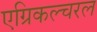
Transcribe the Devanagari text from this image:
एग्रिकल्चरल